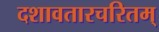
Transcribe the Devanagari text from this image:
दशावतारचरितम्